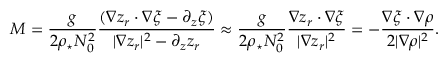
{ \cal M } = \frac { g } { 2 \rho _ { \star } N _ { 0 } ^ { 2 } } \frac { ( \nabla z _ { r } \cdot \nabla \xi - \partial _ { z } \xi ) } { | \nabla z _ { r } | ^ { 2 } - \partial _ { z } z _ { r } } \approx \frac { g } { 2 \rho _ { \star } N _ { 0 } ^ { 2 } } \frac { \nabla z _ { r } \cdot \nabla \xi } { | \nabla z _ { r } | ^ { 2 } } = - \frac { \nabla \xi \cdot \nabla \rho } { 2 | \nabla \rho | ^ { 2 } } .